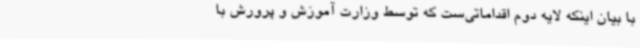
با بیان اینکه لایه دوم اقداماتی‌ست که توسط وزارت آموزش و پرورش با